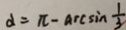
\alpha = \pi - \arcsin \frac { 1 } { 3 }